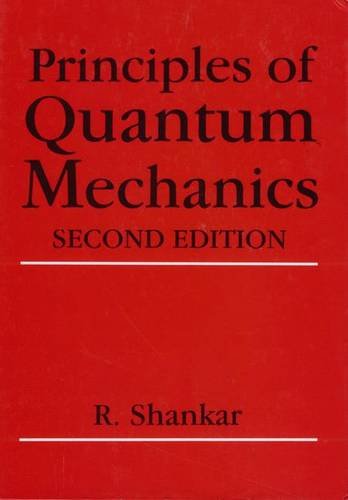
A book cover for Principles of Quantum Mechanics, 2nd Edition; R. Shankar; Science & Math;